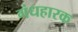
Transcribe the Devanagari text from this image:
गंधहारक